Vaccine operations Central Provinces 1868-1885 - 1868-1885
Year: 1868
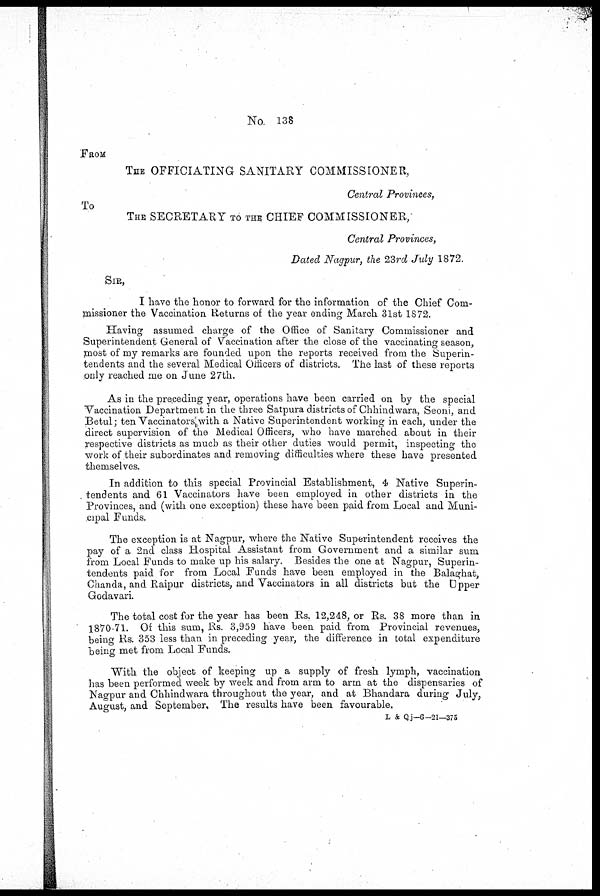
No. 138
FROM
THE OFFICIATING SANITARY COMMISSIONER,
Central Provinces,
To
THE SECRETARY TO THE CHIEF COMMISSIONER,
Central Provinces,
Dated Nagpur, the 23rd July 1872.
SIR,
I have the honor to forward for the information of the Chief Com-
missioner the Vaccination Returns of the year ending March 31st 1872.
Having assumed charge of the Office of Sanitary Commissioner and
Superintendent General of Vaccination after the close of the vaccinating season,
most of my remarks are founded upon the reports received from the Superin-
tendents and the several Medical Officers of districts. The last of these reports
only reached me on June 27th.
As in the preceding year, operations have been carried on by the special
Vaccination Department in the three Satpura districts of Chhindwara, Seoni, and
Betul; ten Vaccinators with a Native Superintendent working in each, under the
direct supervision of the Medical Officers, who have marched about in their
respective districts as much as their other duties would permit, inspecting the
work of their subordinates and removing difficulties where these have presented
themselves.
In addition to this special Provincial Establishment, 4 Native Superin-
tendents and 61 Vaccinators have been employed in other districts in the
Provinces, and (with one exception) these have been paid from Local and Muni-
cipal Funds.
The exception is at Nagpur, where the Native Superintendent receives the
pay of a 2nd class Hospital Assistant from Government and a similar sum
from Local Funds to make up his salary. Besides the one at Nagpur, Superin-
tendents paid for from Local Funds have been employed in the Balaghat,
Chanda, and Raipur districts, and Vaccinators in all districts but the Upper
Godavari.
The total cost for the year has been Rs. 12,248, or Rs. 38 more than in
1870-71. Of this sum, Rs. 3,959 have been paid from Provincial revenues,
being Rs. 353 less than in preceding year, the difference in total expenditure
being met from Local Funds.
With the object of keeping up a supply of fresh lymph, vaccination
has been performed week by week and from arm to arm at the dispensaries of
Nagpur and Chhindwara throughout the year, and at Bhandara during July,
August, and September. The results have been favourable.
L & Qj—6—21—375